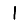
Digit: 1